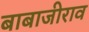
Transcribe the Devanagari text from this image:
बाबाजीराव